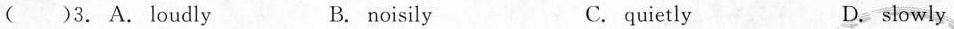
( )3. A.loudly B. noisily C.quietly D. slowly